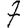
Digit: 7